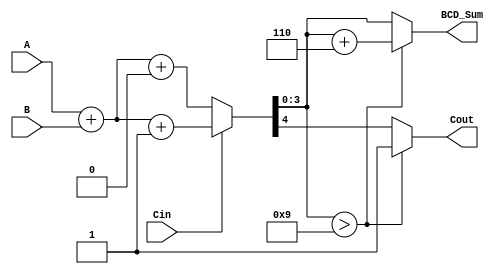
module BCD_MCSA (
    input [3:0] A,      // BCD digit A
    input [3:0] B,      // BCD digit B
    input Cin,          // Carry input
    output reg [3:0] BCD_Sum, // BCD sum output
    output reg Cout      // Carry output
);

    wire [4:0] sum0;   // Sum assuming Cin = 0
    wire [4:0] sum1;   // Sum assuming Cin = 1
    wire [4:0] selected_sum; // Selected sum based on Cin
    wire correction;    // Correction flag for BCD

    // Binary addition for both cases
    assign sum0 = {1'b0, A} + {1'b0, B} + 1'b0; // Sum when Cin = 0
    assign sum1 = {1'b0, A} + {1'b0, B} + 1'b1; // Sum when Cin = 1

    // Select the appropriate sum based on Cin
    assign selected_sum = Cin ? sum1 : sum0;

    // BCD correction logic
    // Check if the sum exceeds 9 (1001 in binary)
    assign correction = selected_sum[3:0] > 4'b1001;

    always @(*) begin
        if (correction) begin
            // If correction is needed, add 6 (0110 in binary)
            BCD_Sum = selected_sum[3:0] + 4'b0110;
            Cout = 1; // Set carry out
        end else begin
            BCD_Sum = selected_sum[3:0];
            Cout = selected_sum[4]; // Carry out from the selected sum
        end
    end

endmodule